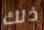
ذلك